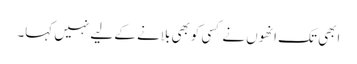
ابھی تک انھوں نے کسی کوبھی بلانے کے لیے نہیں کہا۔